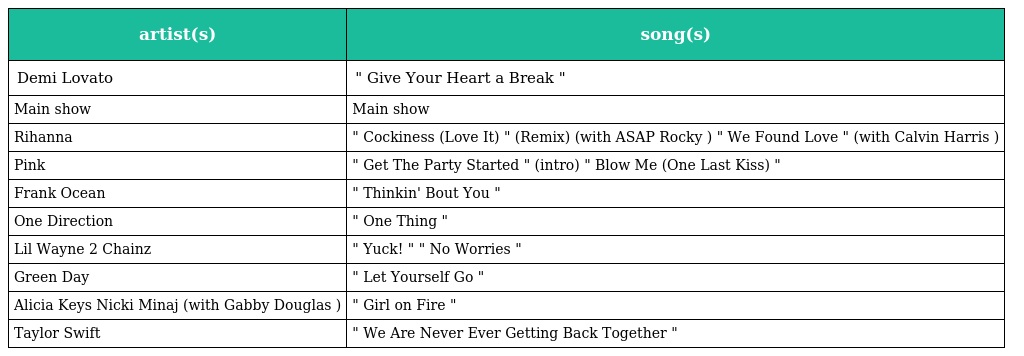
| artist(s) | song(s) |
 | --- | --- |
 | Demi Lovato | " Give Your Heart a Break " |
 | Main show | Main show |
 | Rihanna | " Cockiness (Love It) " (Remix) (with ASAP Rocky ) " We Found Love " (with Calvin Harris ) |
 | Pink | " Get The Party Started " (intro) " Blow Me (One Last Kiss) " |
 | Frank Ocean | " Thinkin' Bout You " |
 | One Direction | " One Thing " |
 | Lil Wayne 2 Chainz | " Yuck! " " No Worries " |
 | Green Day | " Let Yourself Go " |
 | Alicia Keys Nicki Minaj (with Gabby Douglas ) | " Girl on Fire " |
 | Taylor Swift | " We Are Never Ever Getting Back Together " |